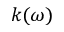
k ( \omega )